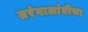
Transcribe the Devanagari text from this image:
तरंगालांबीचा